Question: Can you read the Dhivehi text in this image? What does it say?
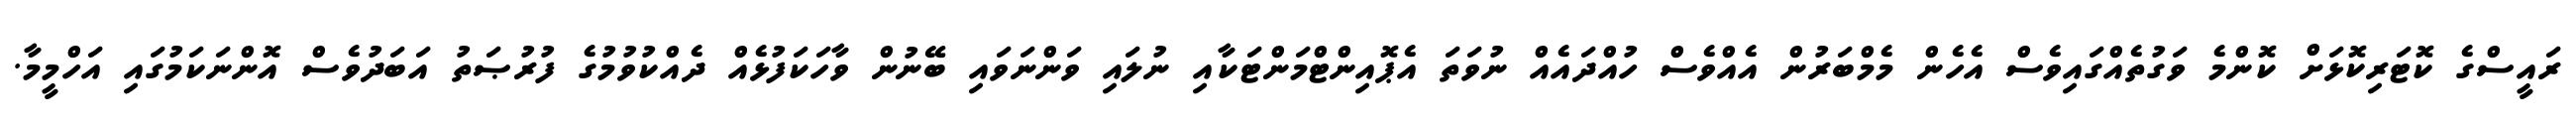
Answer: ރައީސްގެ ކޮޓަރިކޮޅަށް ކޮންމެ ވަގުތެއްގައިވެސް އެހެން މެމްބަރުން އެއްވެސް ހުއްދައެއް ނުވަތަ އެޕޮއިންޓްމަންޓަކާއި ނުލައި ވަންނަވައި ބޭނުން ވާހަކަފުޅެއް ދެއްކުވުމުގެ ފުރުޞަތު އަބަދުވެސް އޮންނަކަމުގައި އަހްމީމާ.